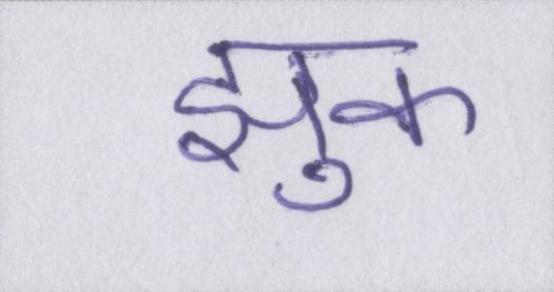
झुक